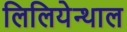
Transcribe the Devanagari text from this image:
लिलियेन्थाल